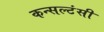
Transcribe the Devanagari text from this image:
कन्सल्टंसी